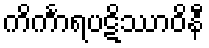
ကိင်္ကာရပဋိဿာဝိနီ